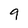
Character: 9